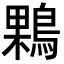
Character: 𪂠